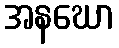
အနဃော